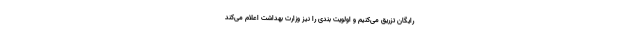
رایگان تزریق می‌کنیم و اولویت بندی را نیز وزارت بهداشت اعلام می‌کند